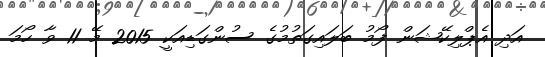
އަދި އެޕްލިކޭޝަން ފޯމު ބަލައިގަތުމުގެ ސުންގަޑިއަކީ 2015 މޭ 11 ވާ ހޯމަ